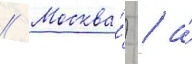
// Москва́) / а́